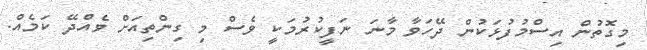
މިގޮތުން އިސްމުފުޅަކުން ދޭހަވާ މާނަ ނަފީކުރުމަކީ ވެސް މި ގިންތިއަށް ވެއްދޭ ކަމެއް.